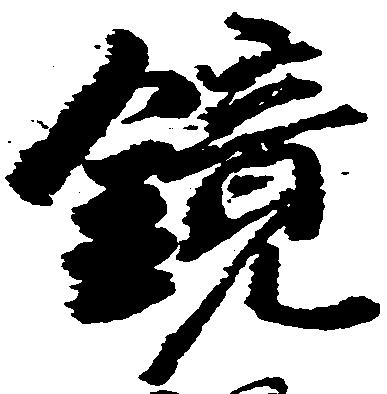
鏡